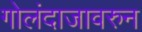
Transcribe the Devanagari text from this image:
गोलंदाजावरुन